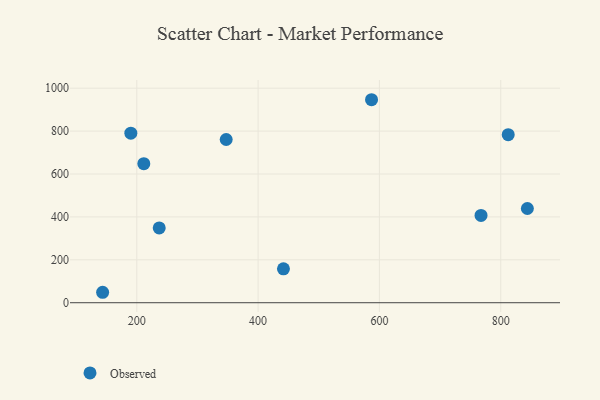
{"axis": {"x": "Engine Size", "y": "Profit"}, "legend": ["Observed"], "data": [{"x": "843.9", "y": 439.1, "type": "Observed"}, {"x": "767.5", "y": 406.9, "type": "Observed"}, {"x": "143.7", "y": 48.7, "type": "Observed"}, {"x": "441.8", "y": 157.9, "type": "Observed"}, {"x": "587.0", "y": 946.2, "type": "Observed"}, {"x": "190.2", "y": 790.1, "type": "Observed"}, {"x": "347.4", "y": 760.8, "type": "Observed"}, {"x": "211.6", "y": 648.0, "type": "Observed"}, {"x": "812.3", "y": 783.4, "type": "Observed"}, {"x": "237.0", "y": 348.7, "type": "Observed"}]}